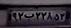
۹۲ب۲۲۸۵۳